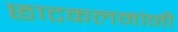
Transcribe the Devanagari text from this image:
छाटकलमांनी